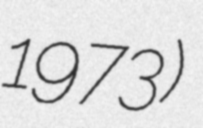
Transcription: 1973)